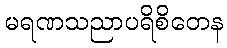
မရဏသညာပရိစိတေန